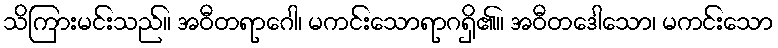
သိကြားမင်းသည်။ အဝီတရာဂေါ၊ မကင်းသောရာဂရှိ၏။ အဝီတဒေါသော၊ မကင်းသော